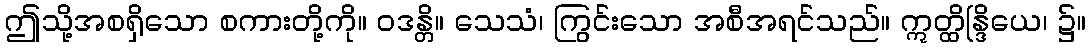
ဤသို့အစရှိသော စကားတို့ကို။ ဝဒန္တိ။ သေသံ၊ ကြွင်းသော အစီအရင်သည်။ ဣတ္ထိန္ဒြိယေ၊ ၌။